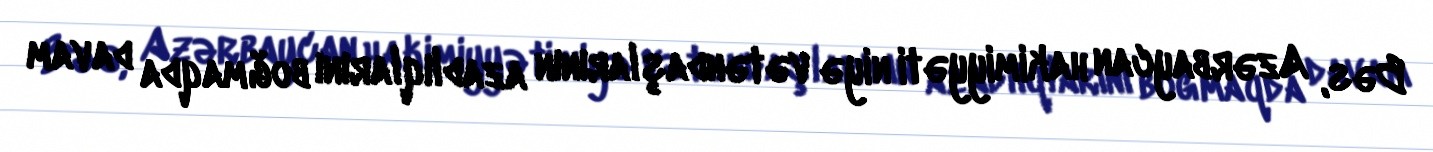
Bəs, Azərbaycan hakimiyyəti niyə vətəndaşlarının azadlıqlarını boğmaqda davam